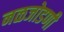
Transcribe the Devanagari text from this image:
नळजोडणी